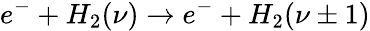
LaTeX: e^{-}+H_{2}(\nu)\rightarrow e^{-}+H_{2}(\nu\pm 1)